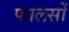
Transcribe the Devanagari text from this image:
फालसों